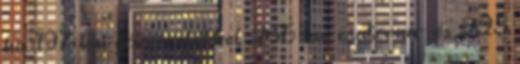
ha. 197 km gázvezetékkel, 236 km csatorna- és 225